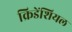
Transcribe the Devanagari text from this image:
क्रिडेंशियल